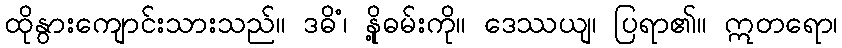
ထိုနွားကျောင်းသားသည်။ ဒဓိံ၊ နို့ဓမ်းကို။ ဒေဿယျ၊ ပြရာ၏။ ဣတရော၊